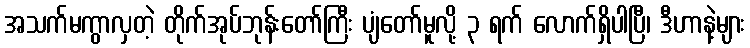
အသက်မကွာလှတဲ့ တိုက်အုပ်ဘုန်းတော်ကြီး ပျံတော်မူလို့ ၃ ရက် လောက်ရှိပါပြီ၊ ဒီဟာနဲ့များ